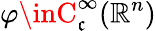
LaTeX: \varphi\inC_{\mathfrak{c}}^{\infty}(\mathbb{{R}}^{n})